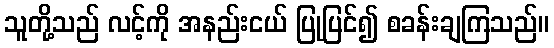
သူတို့သည် လင့်ကို အနည်းငယ် ပြုပြင်၍ စခန်းချကြသည်။